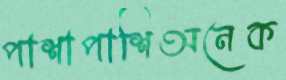
পাশাপাশিঅনেক